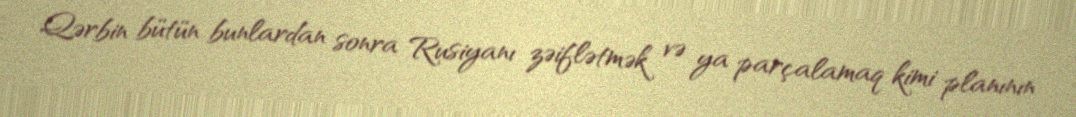
Qərbin bütün bunlardan sonra Rusiyanı zəiflətmək və ya parçalamaq kimi planının